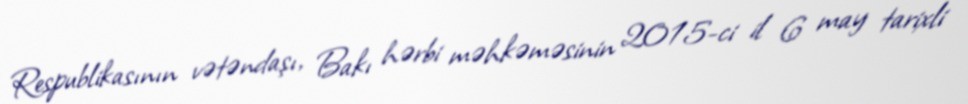
Respublikasının vətəndaşı, Bakı hərbi məhkəməsinin 2015-ci il 6 may tarixli